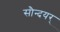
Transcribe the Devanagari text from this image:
सौन्दयर्